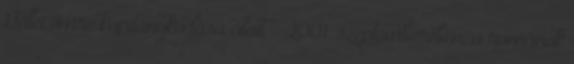
Gellei Imre kapitánykodása alatt - 2001. szeptemberében, a románok